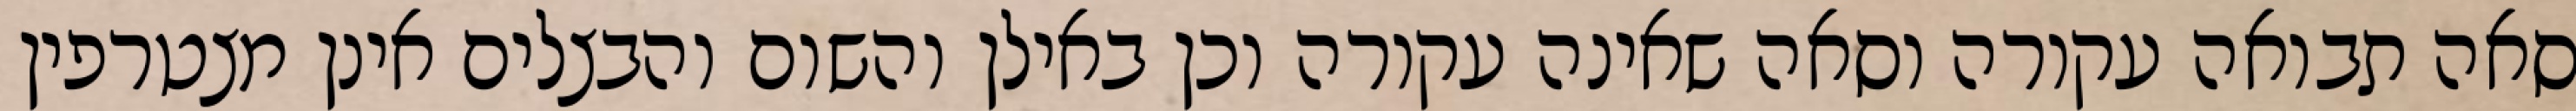
סאה תבואה עקורה וסאה שאינה עקורה וכן באילן והשום והבצלים אינן מצטרפין